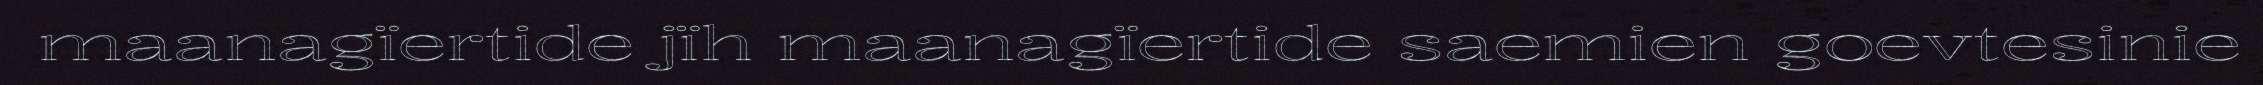
maanagïertide jïh maanagïertide saemien goevtesinie